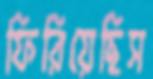
ফিরিয়েছিস